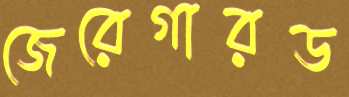
জেরেগারড